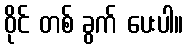
ဝိုင် တစ် ခွက် ပေးပါ။